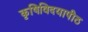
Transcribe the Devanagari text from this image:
कृषिविदयापीठ